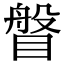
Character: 𥈼